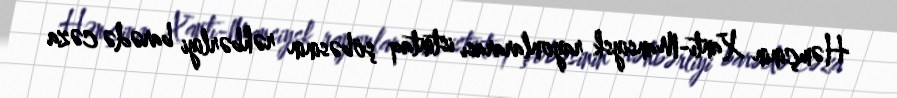
Həmçinin Xantı-Mansiysk rayonlararası istintaq şöbəsinin rəhbərliyi barədə cəza